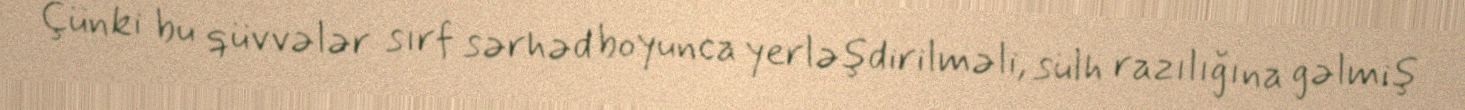
Çünki bu qüvvələr sırf sərhəd boyunca yerləşdirilməli, sülh razılığına gəlmiş